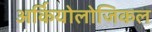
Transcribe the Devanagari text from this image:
अर्कियोलोजिकल